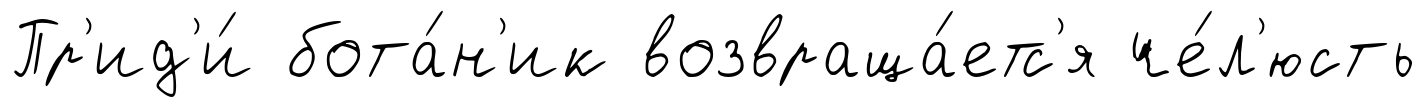
Пр'ид'и́ бота́н'ик возвраща́етс'я че́л'юсть